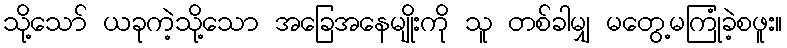
သို့သော် ယခုကဲ့သို့သော အခြေအနေမျိုးကို သူ တစ်ခါမျှ မတွေ့မကြုံခဲ့စဖူး။